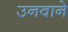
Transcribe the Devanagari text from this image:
उनवाने